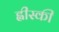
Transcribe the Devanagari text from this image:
ह्वीस्की